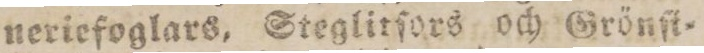
neriefoglars, Steglitfors och Grönſt=